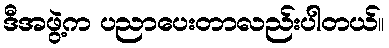
ဒီအဖွဲ့က ပညာပေးတာလည်းပါတယ်။